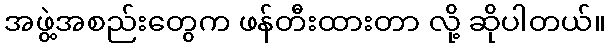
အဖွဲ့အစည်းတွေက ဖန်တီးထားတာ လို့ ဆိုပါတယ်။